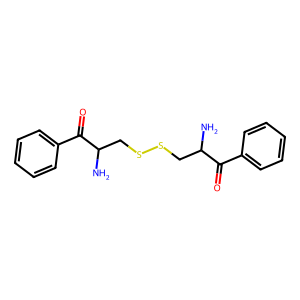
SMILES: NC(CSSCC(N)C(=O)c1ccccc1)C(=O)c1ccccc1
Inhibits HIV replication: No